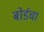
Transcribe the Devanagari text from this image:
बोर्डचा